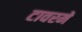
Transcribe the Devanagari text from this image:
टावरमें